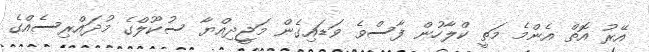
އޭރު އޮތް އެންމެ މަތީ ކްލާހުން ފާސްވެ ވަޑައިގެން މަޖީދިއްޔާ ސުކޫލްގެ މުދައްރިސެއްގެ